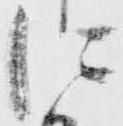
に